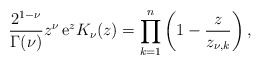
\begin{align*}\dfrac{2^{1-\nu}}{\Gamma(\nu)}z^\nu\,{\rm e}^{z}K_\nu(z)=\prod_{k=1}^n\left(1-\dfrac{z}{z_{\nu,k}}\right),\end{align*}